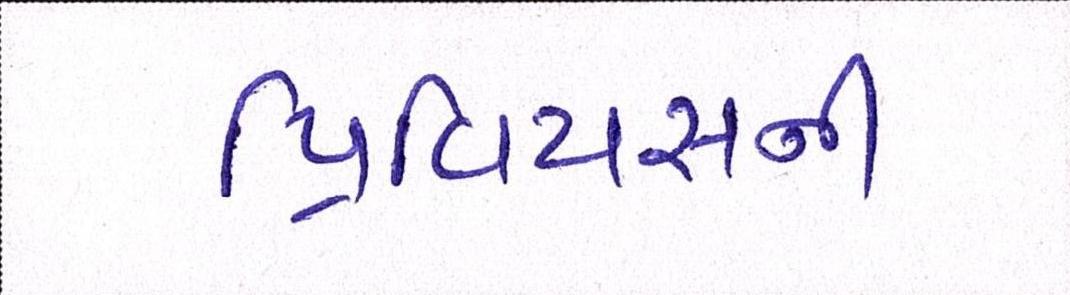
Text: પ્રિવિયસની